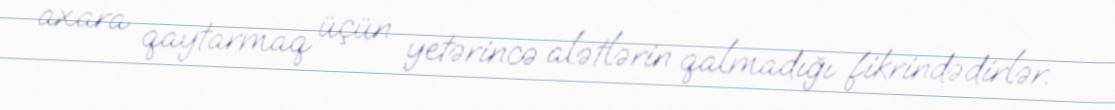
axara qaytarmaq üçün yetərincə alətlərin qalmadığı fikrindədirlər.